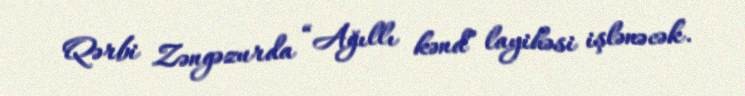
Qərbi Zəngəzurda “Ağıllı kənd” layihəsi işlənəcək.